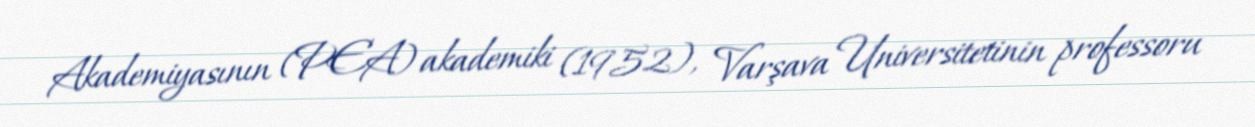
Akademiyasının (PEA) akademiki (1952), Varşava Universitetinin professoru